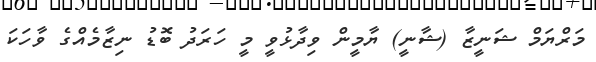
މަރްޔަމް ޝަނީޒާ (ޝާނީ) ޔާމީން ވިދާޅުވީ މީ ހަރަދު ބޮޑު ނިޒާމެއްގެ ވާހަކަ